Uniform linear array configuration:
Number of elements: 16
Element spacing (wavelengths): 0.75
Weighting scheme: blackman
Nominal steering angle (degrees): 0
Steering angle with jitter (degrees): -1.568
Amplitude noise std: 0.05
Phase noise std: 0.05

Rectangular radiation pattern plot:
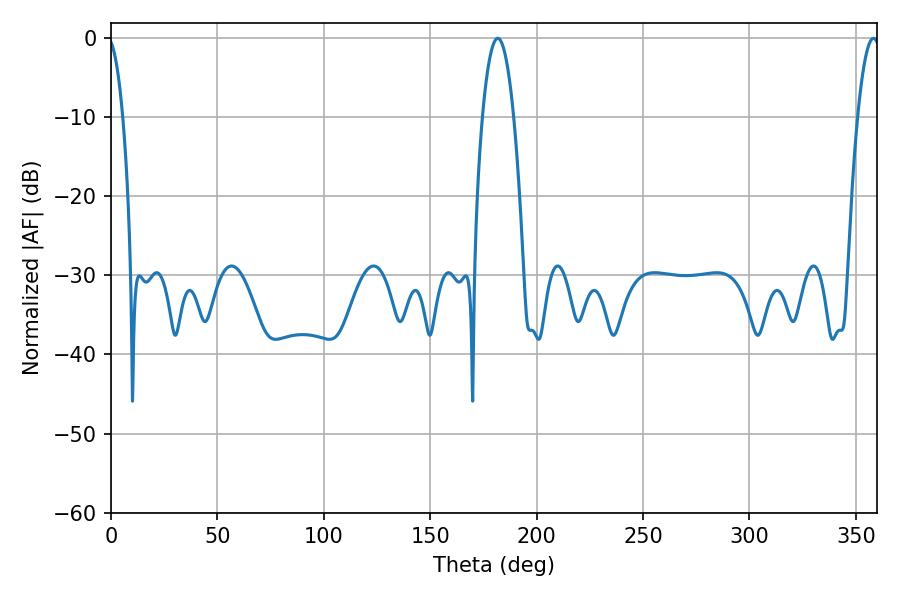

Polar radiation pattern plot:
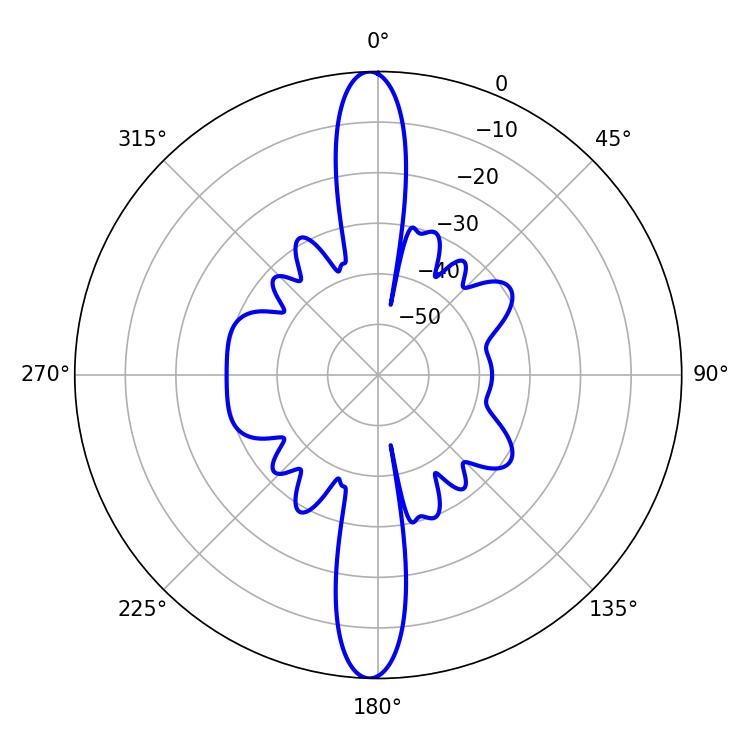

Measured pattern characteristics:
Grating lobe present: TRUE
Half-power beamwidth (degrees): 8.1
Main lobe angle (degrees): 181.8